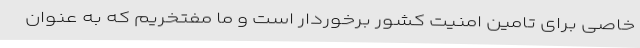
خاصی برای تامین امنیت کشور برخوردار است و ما مفتخریم که به عنوان